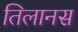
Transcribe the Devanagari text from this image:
तिलानस